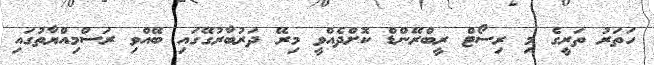
ހަތަރު ތަރީގެ މި ރިސޯޓް ރީބްރޭންޑް ކޮށްދެއްވީ މިރޭ ދަރުބާރުގޭގައި ބޭއްވި ރަސްމިއްޔާތުގައި